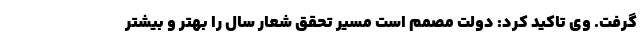
گرفت. وی تاکید کرد: دولت مصمم است مسیر تحقق شعار سال را بهتر و بیشتر